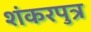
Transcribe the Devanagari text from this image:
शंकरपुत्र